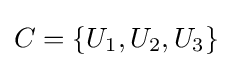
C=\{U_{1},U_{2},U_{3}\}